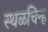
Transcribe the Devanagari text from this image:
स्थळचिन्ह